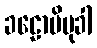
ခဠောပိမုခါ